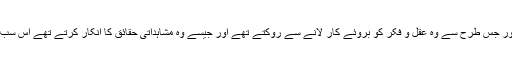
مذہبی استبداد کی جو روش کلیسا نے اختیار کی تھی اور جس طرح سے وہ عقل و فکر کو بروئے کار لانے سے روکتے تھے اور جیسے وہ مشاہداتی حقائق کا انکار کرتے تھے اس سب کا نتیجہ مذہب سے فرار کے سوا کچھ نہیں نکلنا تھا۔